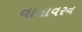
વાતાવરન